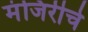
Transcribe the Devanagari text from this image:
मंजिरीचे